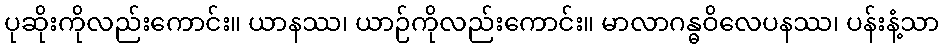
ပုဆိုးကိုလည်းကောင်း။ ယာနဿ၊ ယာဉ်ကိုလည်းကောင်း။ မာလာဂန္ဓဝိလေပနဿ၊ ပန်းနံ့သာ